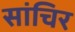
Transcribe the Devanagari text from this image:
सांचिर